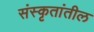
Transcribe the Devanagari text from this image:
संस्कृतांतील